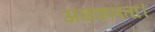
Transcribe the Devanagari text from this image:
असफलता।